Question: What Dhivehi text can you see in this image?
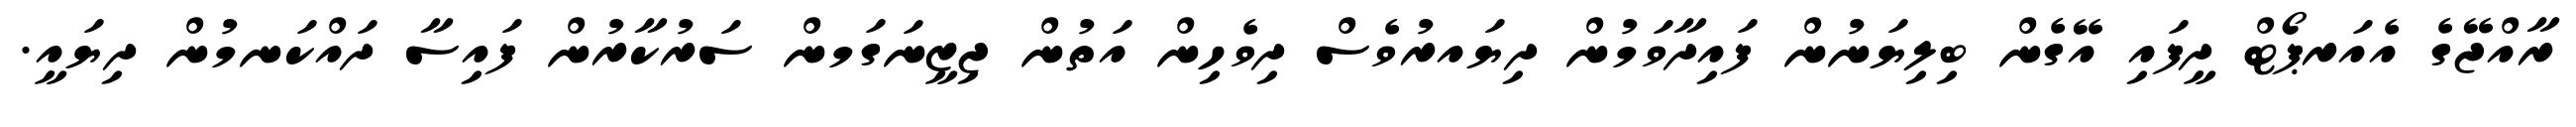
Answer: ރާއްޖޭގެ އެއަރޕޯޓް ދީފައި އޭގެން ބިލިޔަނުން ފައިދާވަމުން ދިޔައރުވެސް ދިވެހިން އަތުން ޖިޒީނަގަމން ސަރުކާރުން ފައިސާ ދައްކަނމުން ދިޔައީ.